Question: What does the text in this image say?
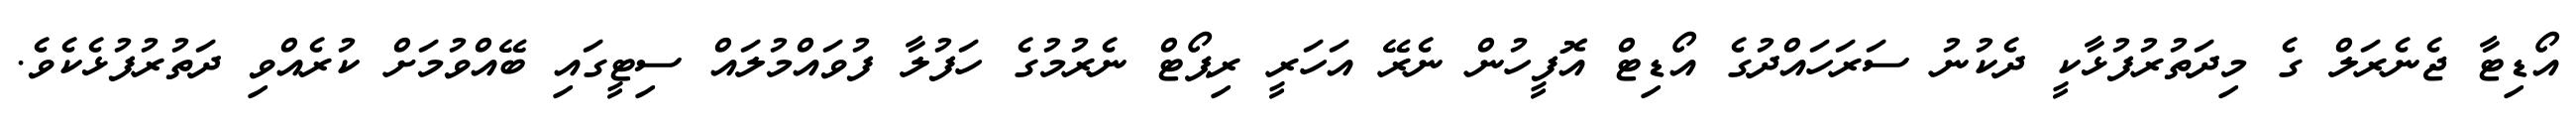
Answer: އޯޑިޓާ ޖެނެރަލް ގެ މިދަތުރުފުޅާކީ ދެކުނު ސަރަހައްދުގެ އޯޑިޓް އޮފީހުން ނެރޭ އަހަރީ ރިޕޯޓް ނެރުމުގެ ހަފުލާ ފުވައްމުލައް ސިޓީގައި ބޭއްވުމަށް ކުރެއްވި ދަތުރުފުޅެކެވެ.